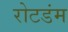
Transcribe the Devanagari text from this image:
रोटडंम